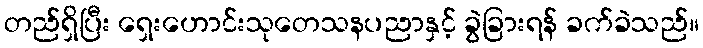
တည်ရှိပြီး ရှေးဟောင်းသုတေသနပညာနှင့် ခွဲခြားရန် ခက်ခဲသည်။